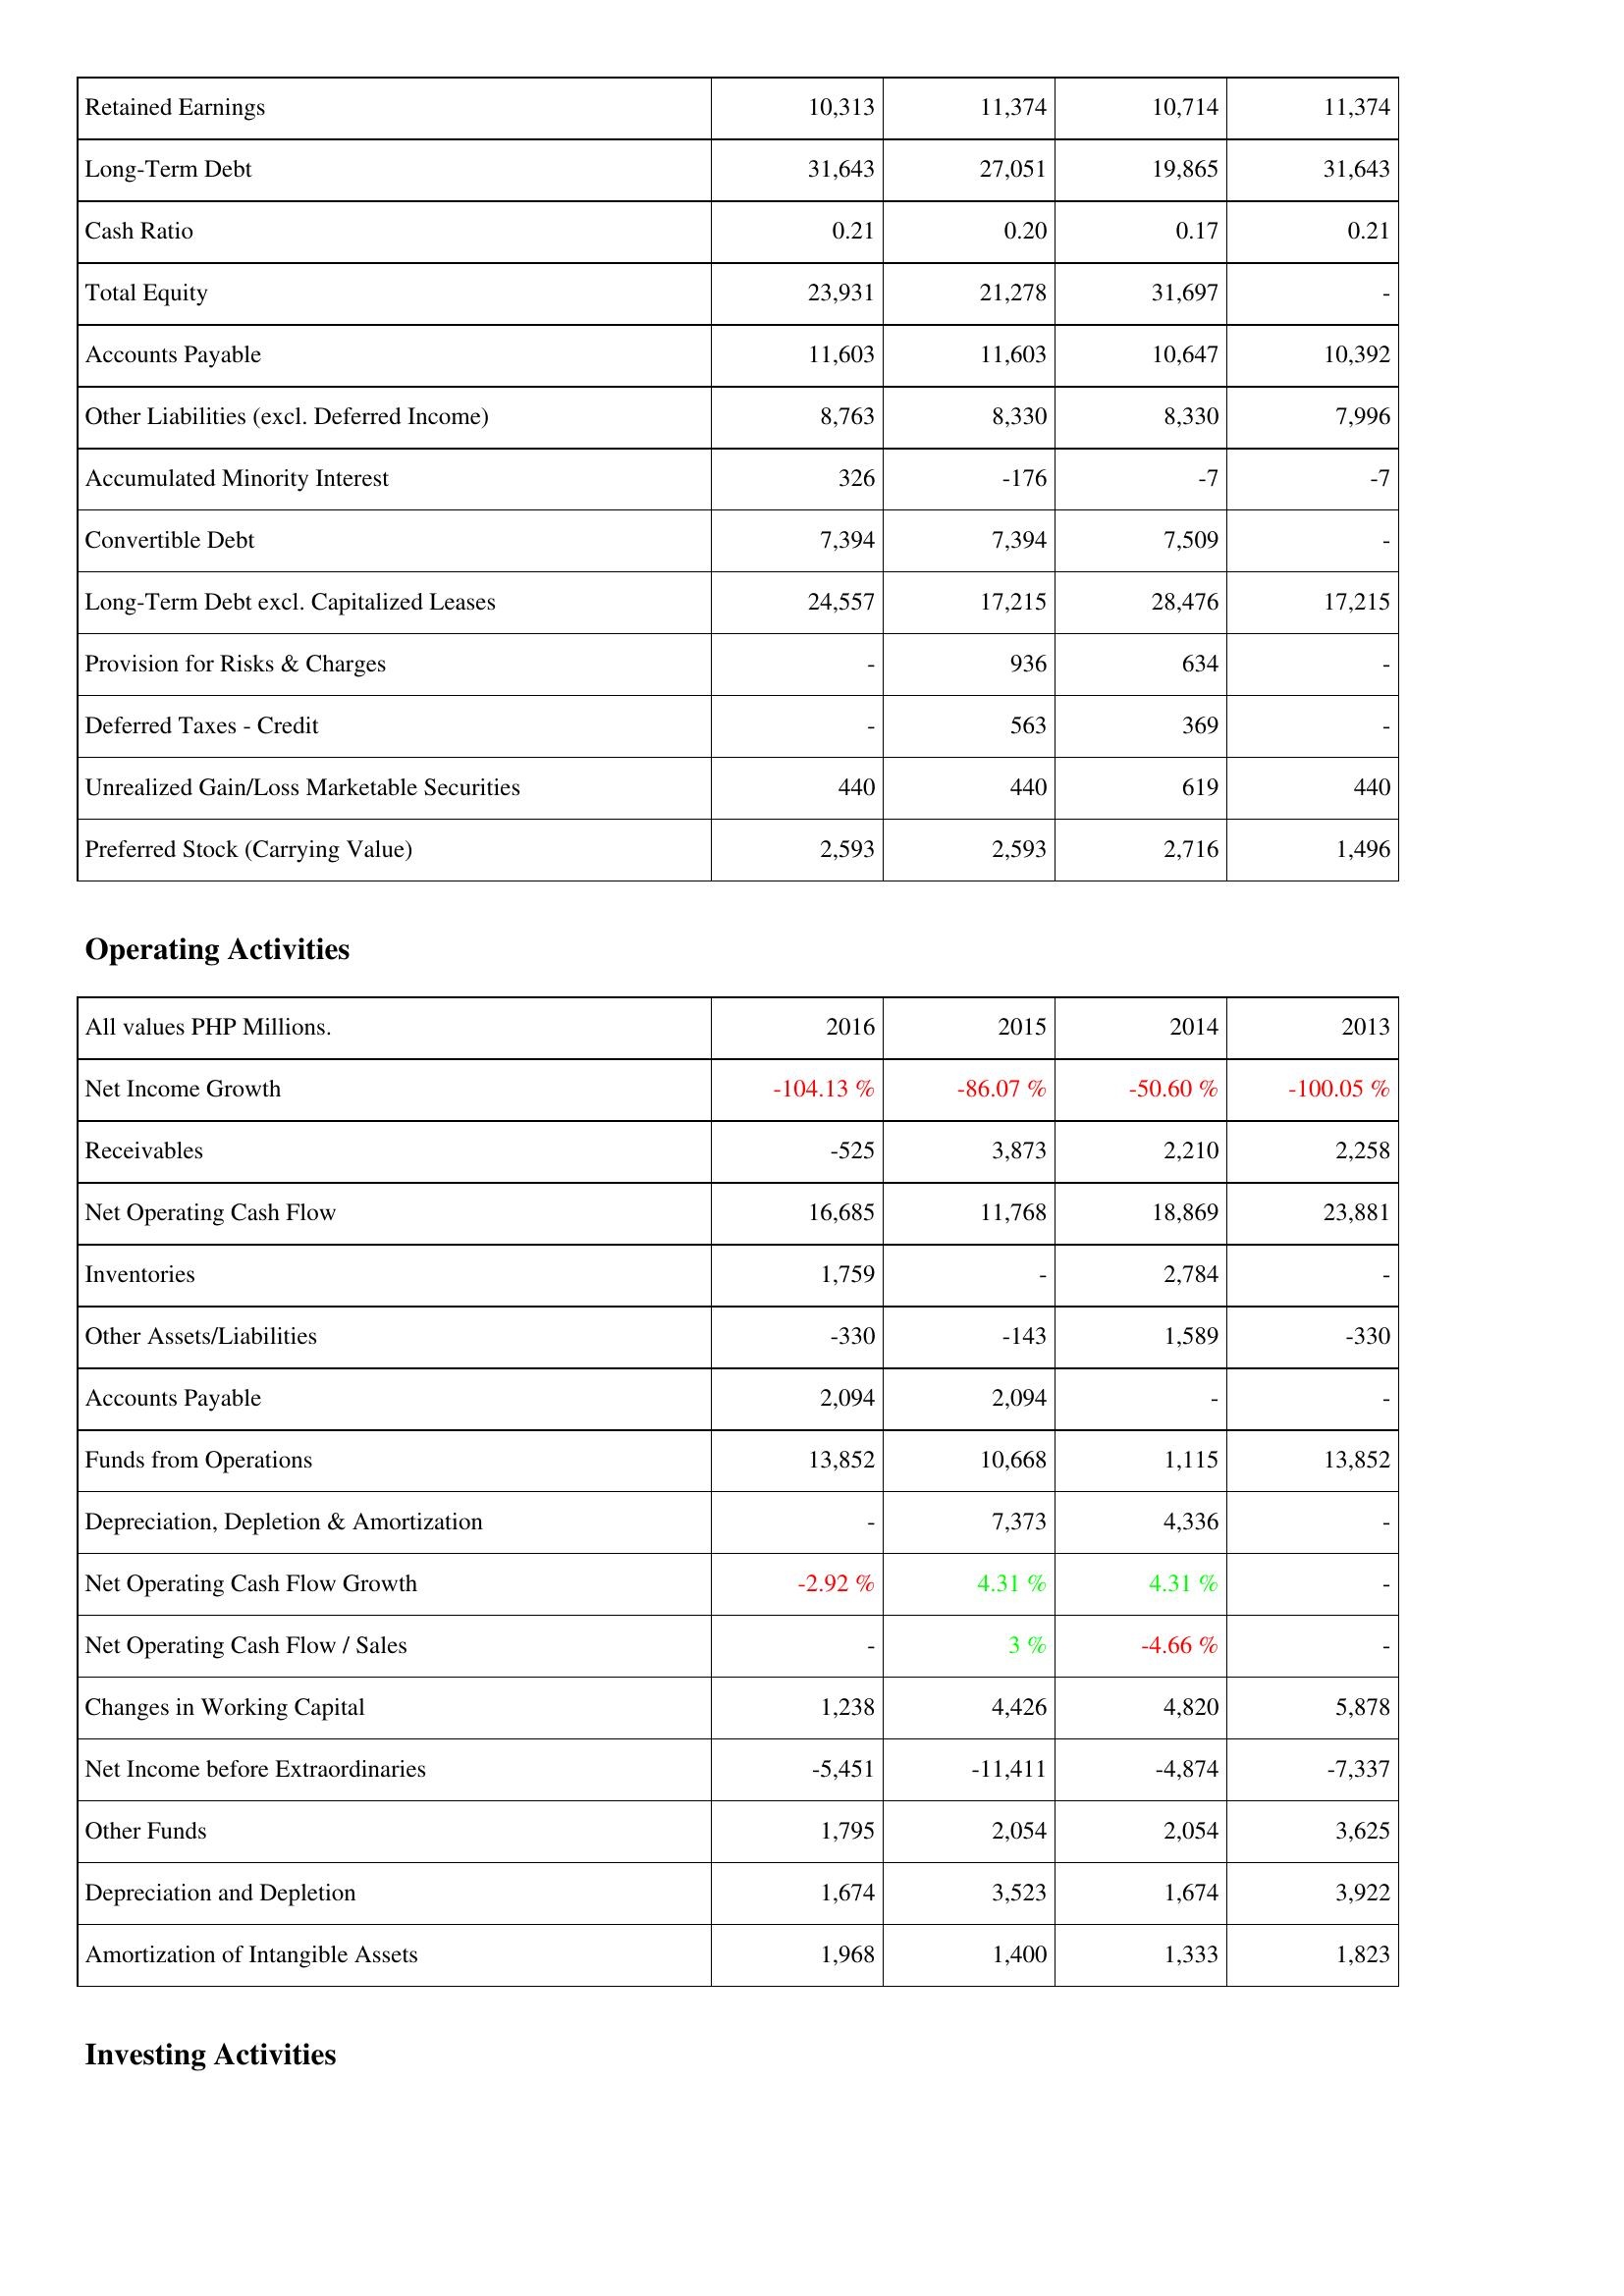
2016: Liabilities & Shareholders' Equity: Retained Earnings: 10,313
Long-Term Debt: 31,643
Cash Ratio: 0.21
Total Equity: 23,931
Accounts Payable: 11,603
Other Liabilities (excl. Deferred Income): 8,763
Accumulated Minority Interest: 326
Convertible Debt: 7,394
Long-Term Debt excl. Capitalized Leases: 24,557
Provision for Risks & Charges: -
Deferred Taxes - Credit: -
Unrealized Gain/Loss Marketable Securities: 440
Preferred Stock (Carrying Value): 2,593
Operating Activities: Net Income Growth: -104.13 %
Receivables: -525
Net Operating Cash Flow: 16,685
Inventories: 1,759
Other Assets/Liabilities: -330
Accounts Payable: 2,094
Funds from Operations: 13,852
Depreciation, Depletion & Amortization: -
Net Operating Cash Flow Growth: -2.92 %
Net Operating Cash Flow / Sales: -
Changes in Working Capital: 1,238
Net Income before Extraordinaries: -5,451
Other Funds: 1,795
Depreciation and Depletion: 1,674
Amortization of Intangible Assets: 1,968
2015: Liabilities & Shareholders' Equity: Retained Earnings: 11,374
Long-Term Debt: 27,051
Cash Ratio: 0.20
Total Equity: 21,278
Accounts Payable: 11,603
Other Liabilities (excl. Deferred Income): 8,330
Accumulated Minority Interest: -176
Convertible Debt: 7,394
Long-Term Debt excl. Capitalized Leases: 17,215
Provision for Risks & Charges: 936
Deferred Taxes - Credit: 563
Unrealized Gain/Loss Marketable Securities: 440
Preferred Stock (Carrying Value): 2,593
Operating Activities: Net Income Growth: -86.07 %
Receivables: 3,873
Net Operating Cash Flow: 11,768
Inventories: -
Other Assets/Liabilities: -143
Accounts Payable: 2,094
Funds from Operations: 10,668
Depreciation, Depletion & Amortization: 7,373
Net Operating Cash Flow Growth: 4.31 %
Net Operating Cash Flow / Sales: 3 %
Changes in Working Capital: 4,426
Net Income before Extraordinaries: -11,411
Other Funds: 2,054
Depreciation and Depletion: 3,523
Amortization of Intangible Assets: 1,400
2014: Liabilities & Shareholders' Equity: Retained Earnings: 10,714
Long-Term Debt: 19,865
Cash Ratio: 0.17
Total Equity: 31,697
Accounts Payable: 10,647
Other Liabilities (excl. Deferred Income): 8,330
Accumulated Minority Interest: -7
Convertible Debt: 7,509
Long-Term Debt excl. Capitalized Leases: 28,476
Provision for Risks & Charges: 634
Deferred Taxes - Credit: 369
Unrealized Gain/Loss Marketable Securities: 619
Preferred Stock (Carrying Value): 2,716
Operating Activities: Net Income Growth: -50.60 %
Receivables: 2,210
Net Operating Cash Flow: 18,869
Inventories: 2,784
Other Assets/Liabilities: 1,589
Accounts Payable: -
Funds from Operations: 1,115
Depreciation, Depletion & Amortization: 4,336
Net Operating Cash Flow Growth: 4.31 %
Net Operating Cash Flow / Sales: -4.66 %
Changes in Working Capital: 4,820
Net Income before Extraordinaries: -4,874
Other Funds: 2,054
Depreciation and Depletion: 1,674
Amortization of Intangible Assets: 1,333
2013: Liabilities & Shareholders' Equity: Retained Earnings: 11,374
Long-Term Debt: 31,643
Cash Ratio: 0.21
Total Equity: -
Accounts Payable: 10,392
Other Liabilities (excl. Deferred Income): 7,996
Accumulated Minority Interest: -7
Convertible Debt: -
Long-Term Debt excl. Capitalized Leases: 17,215
Provision for Risks & Charges: -
Deferred Taxes - Credit: -
Unrealized Gain/Loss Marketable Securities: 440
Preferred Stock (Carrying Value): 1,496
Operating Activities: Net Income Growth: -100.05 %
Receivables: 2,258
Net Operating Cash Flow: 23,881
Inventories: -
Other Assets/Liabilities: -330
Accounts Payable: -
Funds from Operations: 13,852
Depreciation, Depletion & Amortization: -
Net Operating Cash Flow Growth: -
Net Operating Cash Flow / Sales: -
Changes in Working Capital: 5,878
Net Income before Extraordinaries: -7,337
Other Funds: 3,625
Depreciation and Depletion: 3,922
Amortization of Intangible Assets: 1,823